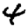
Digit: 4